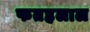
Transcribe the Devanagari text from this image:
फतहलाल